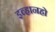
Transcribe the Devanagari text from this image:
इव्हानहो